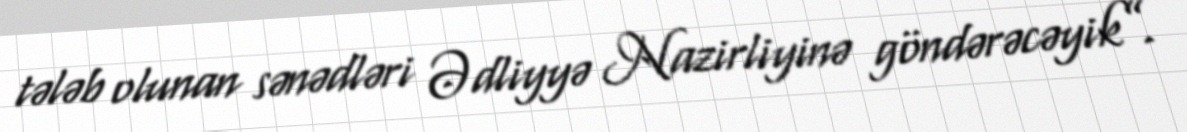
tələb olunan sənədləri Ədliyyə Nazirliyinə göndərəcəyik”.